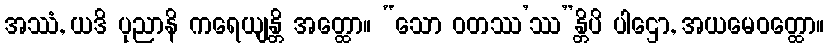
အဿံ, ယဒိ ပုညာနိ ကရေယျန္တိ အတ္ထော။ “သော ဝတဿ’ဿ”န္တိပိ ပါဌော, အယမေဝတ္ထော။